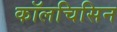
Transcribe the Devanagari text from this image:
कॉलचिसिन